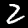
Label: 2